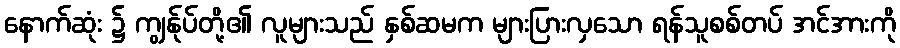
နောက်ဆုံး ၌ ကျွန်ုပ်တို့၏ လူများသည် နှစ်ဆမက များပြားလှသော ရန်သူစစ်တပ် အင်အားကို